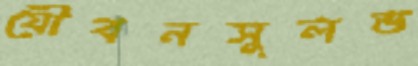
যৌবনসুলভ